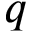
q